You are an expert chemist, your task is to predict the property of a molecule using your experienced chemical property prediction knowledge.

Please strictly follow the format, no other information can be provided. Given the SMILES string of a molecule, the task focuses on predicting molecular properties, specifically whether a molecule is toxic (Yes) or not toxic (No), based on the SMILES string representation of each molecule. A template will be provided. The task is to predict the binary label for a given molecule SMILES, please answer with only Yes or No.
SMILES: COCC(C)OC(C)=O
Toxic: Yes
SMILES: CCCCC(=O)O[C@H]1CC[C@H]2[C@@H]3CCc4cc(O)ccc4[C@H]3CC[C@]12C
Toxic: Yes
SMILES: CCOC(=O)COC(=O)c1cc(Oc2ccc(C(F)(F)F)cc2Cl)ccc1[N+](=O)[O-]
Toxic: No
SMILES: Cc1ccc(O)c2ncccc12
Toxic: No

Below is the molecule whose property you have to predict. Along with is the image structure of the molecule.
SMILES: COc1cc2c(cc1OC)C(C(C(=O)N(CCc1ccc(OC)c(OC)c1OC)CCc1ccc(OC)c(OC)c1OC)c1ccccc1)=NCC2
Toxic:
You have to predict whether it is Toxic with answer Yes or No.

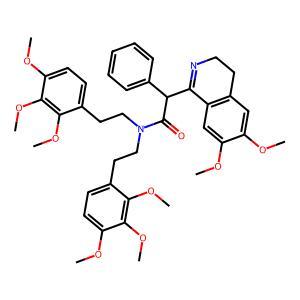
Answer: No